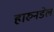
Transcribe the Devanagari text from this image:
हारुनडेल